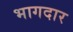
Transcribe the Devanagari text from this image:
भागदार